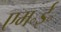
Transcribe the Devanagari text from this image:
एम॰ई॰